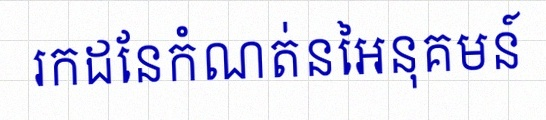
រកដែនកំណត់នៃអនុគមន៍